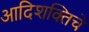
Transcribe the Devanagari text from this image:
आदिशक्तिचे